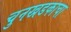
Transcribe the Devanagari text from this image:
चुनखडकाचा